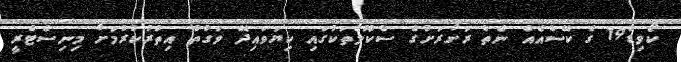
ކޯވިޑް19 ގެ ކޭސްއެއް ނެތް ރަށްރަށުގެ ސްކޫލްތަކުގައި ކިޔަވައިދޭ ވަގުތު އިތުރުކުރުމަށް މިނިސްޓްރީ